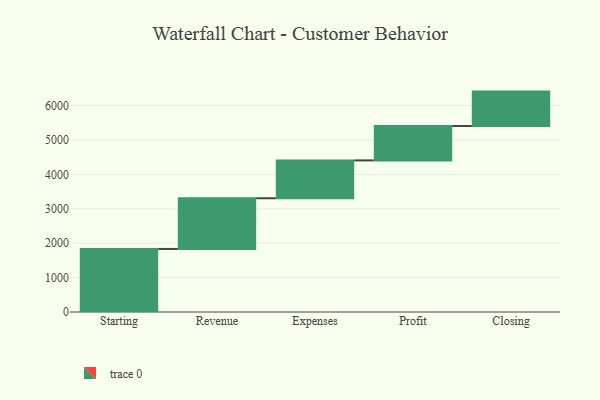
{"axis": {"x": "Step", "y": "Value"}, "legend": [""], "data": [{"x": "Starting", "y": 1833.0, "type": ""}, {"x": "Revenue", "y": 1474.0, "type": ""}, {"x": "Expenses", "y": 1100.0, "type": ""}, {"x": "Profit", "y": 1000, "type": ""}, {"x": "Closing", "y": 1000, "type": ""}]}